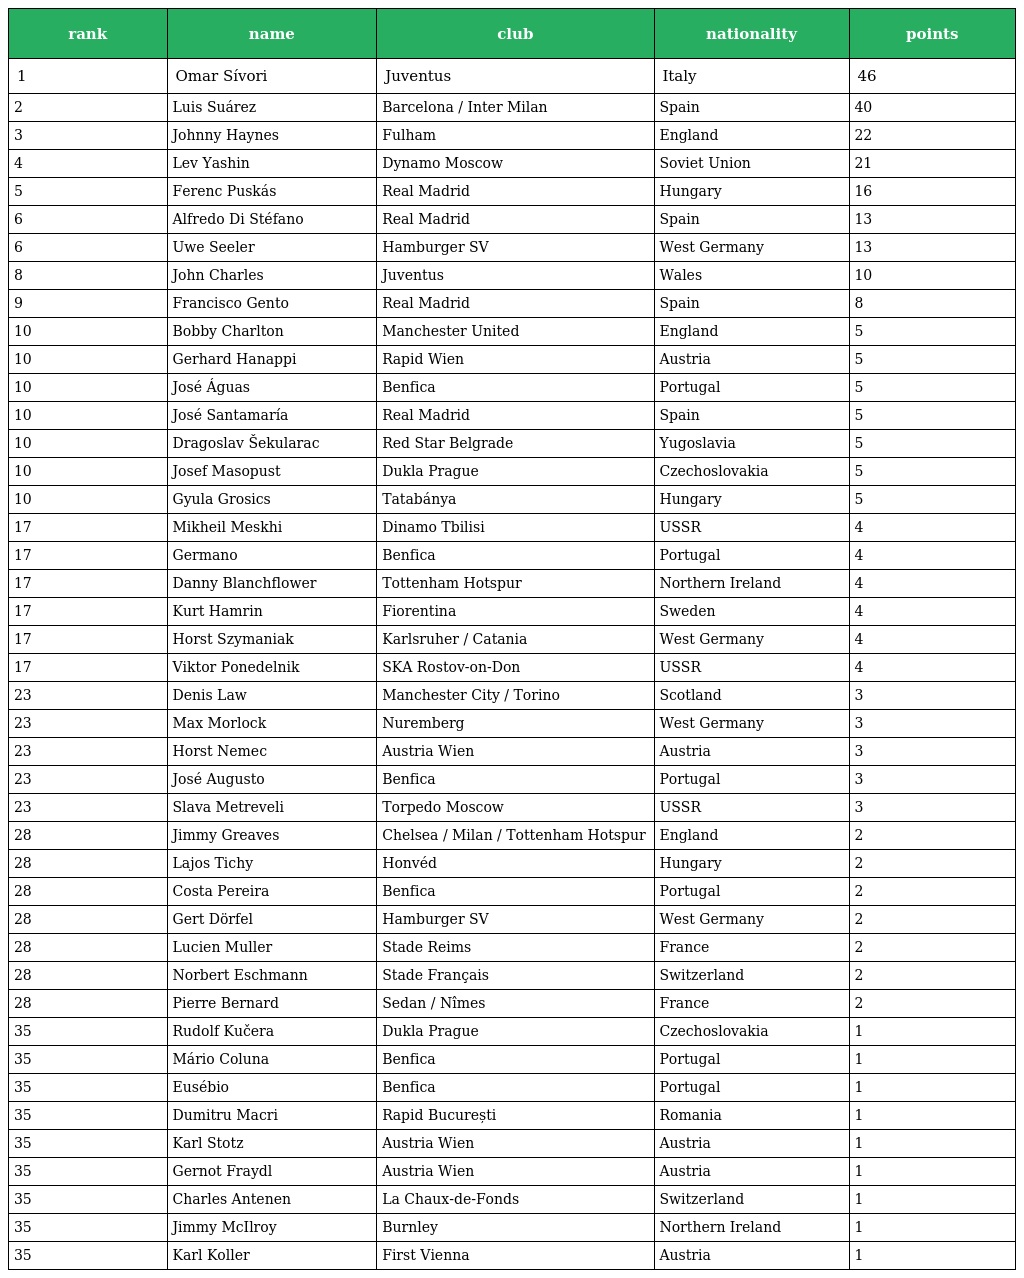
| rank | name | club | nationality | points |
 | --- | --- | --- | --- | --- |
 | 1 | Omar Sívori | Juventus | Italy | 46 |
 | 2 | Luis Suárez | Barcelona / Inter Milan | Spain | 40 |
 | 3 | Johnny Haynes | Fulham | England | 22 |
 | 4 | Lev Yashin | Dynamo Moscow | Soviet Union | 21 |
 | 5 | Ferenc Puskás | Real Madrid | Hungary | 16 |
 | 6 | Alfredo Di Stéfano | Real Madrid | Spain | 13 |
 | 6 | Uwe Seeler | Hamburger SV | West Germany | 13 |
 | 8 | John Charles | Juventus | Wales | 10 |
 | 9 | Francisco Gento | Real Madrid | Spain | 8 |
 | 10 | Bobby Charlton | Manchester United | England | 5 |
 | 10 | Gerhard Hanappi | Rapid Wien | Austria | 5 |
 | 10 | José Águas | Benfica | Portugal | 5 |
 | 10 | José Santamaría | Real Madrid | Spain | 5 |
 | 10 | Dragoslav Šekularac | Red Star Belgrade | Yugoslavia | 5 |
 | 10 | Josef Masopust | Dukla Prague | Czechoslovakia | 5 |
 | 10 | Gyula Grosics | Tatabánya | Hungary | 5 |
 | 17 | Mikheil Meskhi | Dinamo Tbilisi | USSR | 4 |
 | 17 | Germano | Benfica | Portugal | 4 |
 | 17 | Danny Blanchflower | Tottenham Hotspur | Northern Ireland | 4 |
 | 17 | Kurt Hamrin | Fiorentina | Sweden | 4 |
 | 17 | Horst Szymaniak | Karlsruher / Catania | West Germany | 4 |
 | 17 | Viktor Ponedelnik | SKA Rostov-on-Don | USSR | 4 |
 | 23 | Denis Law | Manchester City / Torino | Scotland | 3 |
 | 23 | Max Morlock | Nuremberg | West Germany | 3 |
 | 23 | Horst Nemec | Austria Wien | Austria | 3 |
 | 23 | José Augusto | Benfica | Portugal | 3 |
 | 23 | Slava Metreveli | Torpedo Moscow | USSR | 3 |
 | 28 | Jimmy Greaves | Chelsea / Milan / Tottenham Hotspur | England | 2 |
 | 28 | Lajos Tichy | Honvéd | Hungary | 2 |
 | 28 | Costa Pereira | Benfica | Portugal | 2 |
 | 28 | Gert Dörfel | Hamburger SV | West Germany | 2 |
 | 28 | Lucien Muller | Stade Reims | France | 2 |
 | 28 | Norbert Eschmann | Stade Français | Switzerland | 2 |
 | 28 | Pierre Bernard | Sedan / Nîmes | France | 2 |
 | 35 | Rudolf Kučera | Dukla Prague | Czechoslovakia | 1 |
 | 35 | Mário Coluna | Benfica | Portugal | 1 |
 | 35 | Eusébio | Benfica | Portugal | 1 |
 | 35 | Dumitru Macri | Rapid București | Romania | 1 |
 | 35 | Karl Stotz | Austria Wien | Austria | 1 |
 | 35 | Gernot Fraydl | Austria Wien | Austria | 1 |
 | 35 | Charles Antenen | La Chaux-de-Fonds | Switzerland | 1 |
 | 35 | Jimmy McIlroy | Burnley | Northern Ireland | 1 |
 | 35 | Karl Koller | First Vienna | Austria | 1 |